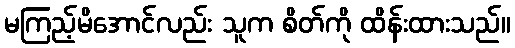
မကြည့်မိအောင်လည်း သူက စိတ်ကို ထိန်းထားသည်။